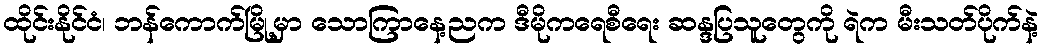
ထိုင်းနိုင်ငံ၊ ဘန်ကောက်မြို့မှာ သောကြာနေ့ညက ဒီမိုကရေစီရေး ဆန္ဒပြသူတွေကို ရဲက မီးသတ်ပိုက်နဲ့